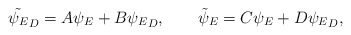
\begin{align*}\tilde{\psi_E}_D=A\psi_E+B{\psi_E}_D, \qquad{\tilde\psi}_E=C\psi_E+D{\psi_E}_D,\end{align*}